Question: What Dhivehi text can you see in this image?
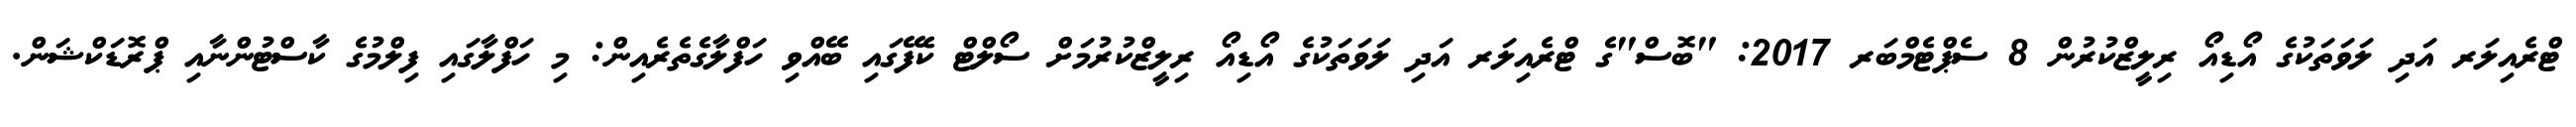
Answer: ޓްރެއިލަރ އަދި ލަވަތަކުގެ އޯޑިއޯ ރިލީޒްކުރުން 8 ސެޕްޓެމްބަރ 2017: "ބޮސް"ގެ ޓްރެއިލަރ އަދި ލަވަތަކުގެ އޯޑިއޯ ރިލީޒްކުރުމަށް ސޯލްޓް ކެފޭގައި ބޭއްވި ހަފްލާގެތެރެއިން: މި ހަފްލާގައި ފިލްމުގެ ކާސްޓުންނާއި ޕްރޮޑަކްޝަން.